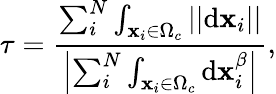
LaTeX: \tau=\frac{\sum_{i}^{N}\int_{\mathbf{x}_{i}\in\Omega_{c}}||\mathrm{d}\mathbf{x}_{i}||}{\left|\sum_{i}^{N}\int_{\mathbf{x}_{i}\in\Omega_{c}}\mathrm{d}\mathbf{x}_{i}^{\beta}\right|},